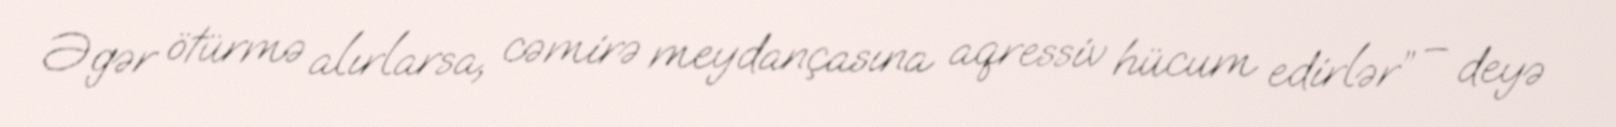
Əgər ötürmə alırlarsa, cəmirə meydançasına aqressiv hücum edirlər” – deyə